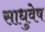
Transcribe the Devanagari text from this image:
साधुवेष